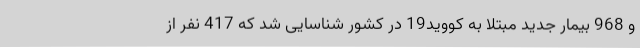
و 968 بیمار جدید مبتلا به کووید19 در کشور شناسایی شد که 417 نفر از